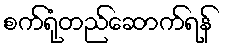
စက်ရုံတည်ဆောက်ရန်